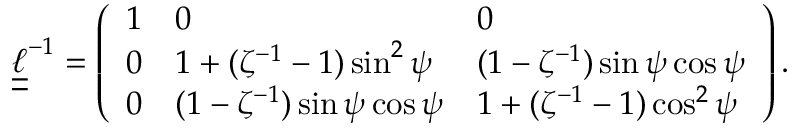
\boldsymbol { \underline { { \underline { { \ell } } } } } ^ { - 1 } = \left( \begin{array} { l l l } { 1 } & { 0 } & { 0 } \\ { 0 } & { 1 + ( \zeta ^ { - 1 } - 1 ) \sin ^ { 2 } \psi } & { ( 1 - \zeta ^ { - 1 } ) \sin \psi \cos \psi } \\ { 0 } & { ( 1 - \zeta ^ { - 1 } ) \sin \psi \cos \psi } & { 1 + ( \zeta ^ { - 1 } - 1 ) \cos ^ { 2 } \psi } \end{array} \right) .